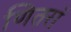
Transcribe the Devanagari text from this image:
णितरां